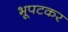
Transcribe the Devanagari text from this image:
भूपटकर